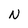
Character: N